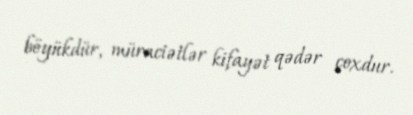
böyükdür, müraciətlər kifayət qədər çoxdur.